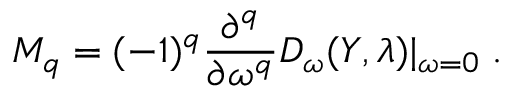
{ \cal M } _ { q } = ( - 1 ) ^ { q } \frac { \partial ^ { q } } { \partial \omega ^ { q } } D _ { \omega } ( Y , \lambda ) | _ { \omega = 0 } \; .